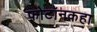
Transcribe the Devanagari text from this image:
फोटॉनकहा